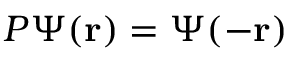
P \Psi ( \mathbf { r } ) = \Psi ( - \mathbf { r } )